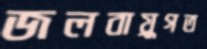
জলবায়ুগত